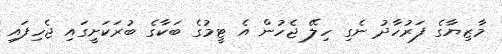
މާޒިޔާގެ ފަރުހާދު ނެގި ހިލޭ ޖެހުން އެ ޓީމުގެ ބަކާގެ ބުރަކަށީގައި ޖެހިފައި